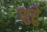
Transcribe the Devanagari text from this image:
शुरेु